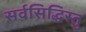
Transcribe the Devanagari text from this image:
सर्वसिद्धिस्तु